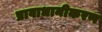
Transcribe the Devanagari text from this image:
प्रावाधानीकरण